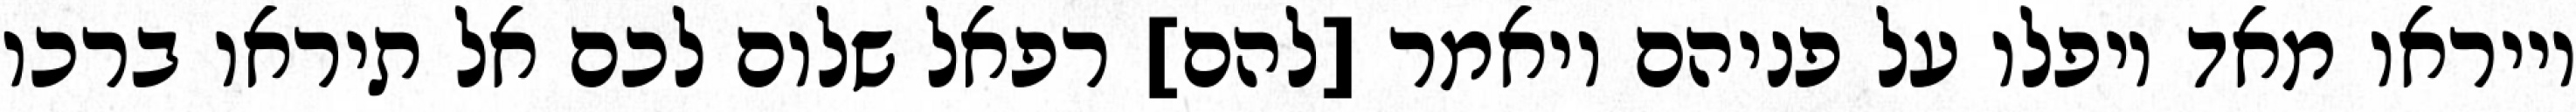
וייראו מאד ויפלו על פניהם ויאמר [להם] רפאל שלום לכם אל תיראו ברכו